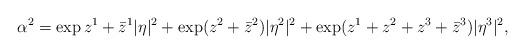
LaTeX: \begin{align*} \alpha^2 = \exp{z^1 + \bar z^1}|\eta|^2 + \exp(z^2 + \bar{z}^2)|\eta^2|^2 + \exp(z^1 + z^2+z^3+\bar{z}^3)|\eta^3|^2, \end{align*}